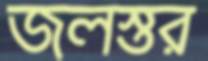
জলস্তর